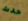
حدث